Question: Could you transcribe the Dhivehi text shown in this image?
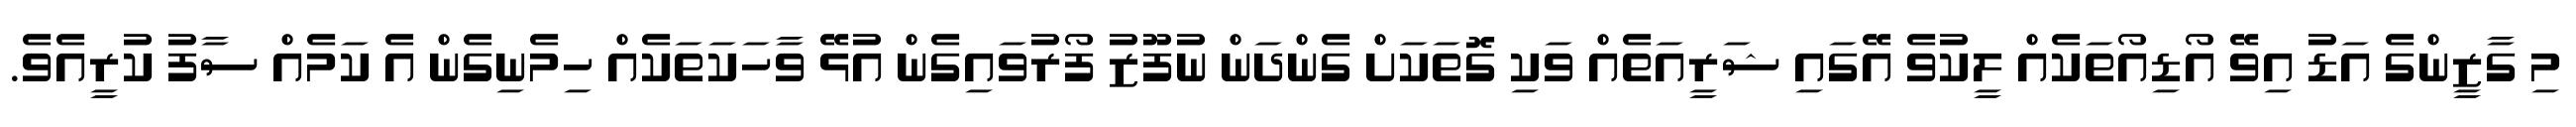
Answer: މި ގާޒީންގެ އަޑު އިވޭ އޯޑިއޯތަކެއް ލީކުވެ އޭގައި ޝަރީއަތެއް ވަކި ގޮތަކަށް ގެންދަން ނުފޫޒު ފޯރުވައިގެން އުޅޭ ވާހަކަތަކެއް ހިމެނިގެން އެ ކަމެއް ސާފު ކުރީއެވެ.